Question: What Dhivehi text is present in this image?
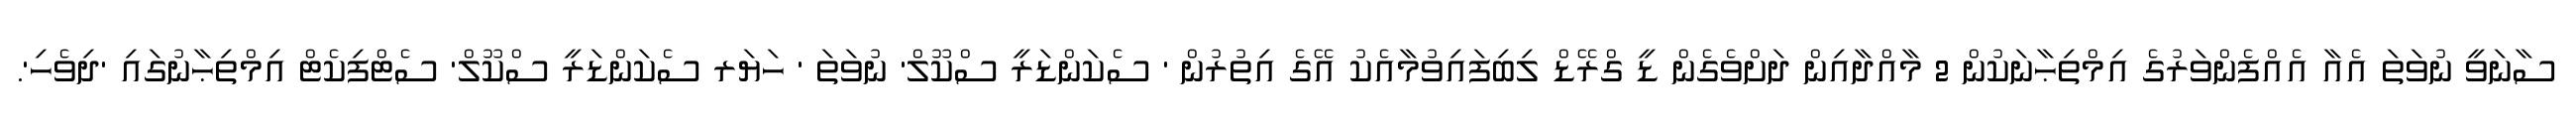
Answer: ސާނަވީ ނުވަތަ އެއާ އެއްފެންވަރުގެ އިމްތިޙާނަކުން 2 މާއްދާއިން ދަށްވެގެން ޑީ ގްރޭޑް ލިބިފައިވުމާއެކު އޭގެ އިތުރުން ' ސެކަންޑަރީ ސްކޫލް' ނުވަތަ ' ހަޔަރ ސެކަންޑަރީ ސްކޫލް' ސެޓްފިކެޓް އިމްތިޙާނުގައި 'ދިވެހި'.